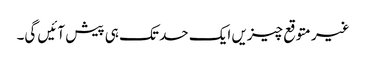
غیر متوقع چیزیں ایک حد تک ہی پیش آئیں گی۔